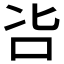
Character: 𠯺